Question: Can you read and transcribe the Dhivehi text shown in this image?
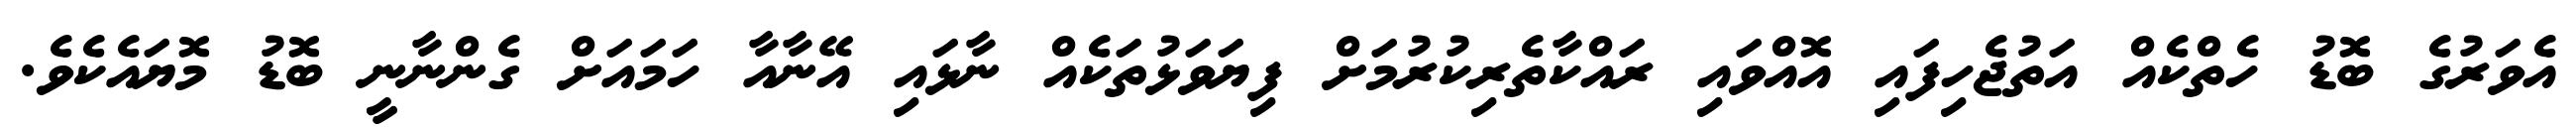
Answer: އެވަރުގެ ބޮޑު ހެތްކެއް އަތުޖެހިފައި އޮއްވައި ރައްކާތެރިކުރުމަށް ފިޔަވަޅުތަކެއް ނާޅައި އޭނާއާ ހަމައަށް ގެންނާނީ ބޮޑު މޮޔައެކެވެ.